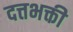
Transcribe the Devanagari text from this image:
दत्तभक्ती